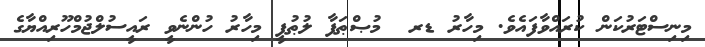
މިނިސްޓަރުކަން ކުރައްވާފައެވެ. މިހާރު ޑރ  މުޞްޠަފާ ލުޠުފީ މިހާރު ހުންނެވީ ރައީސުލްޖުމްހޫރިއްޔާގެ